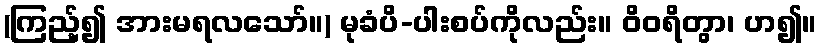
(ကြည့်၍ အားမရလသော်။) မုခံပိ-ပါးစပ်ကိုလည်း။ ဝိဝရိတွာ၊ ဟ၍။